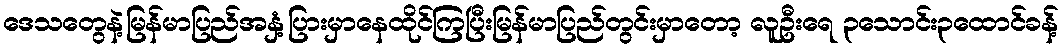
ဒေသတွေနဲ့မြန်မာပြည်အနှံ့ပြားမှာနေထိုင်ကြပြီးမြန်မာပြည်တွင်းမှာတော့ လူဦးရေ ၃သောင်း၃ထောင်ခန့်